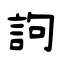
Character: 訽